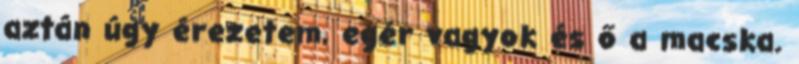
aztán úgy érezetem, egér vagyok és ő a macska.